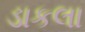
ડાકલા